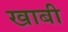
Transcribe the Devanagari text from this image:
खाबी